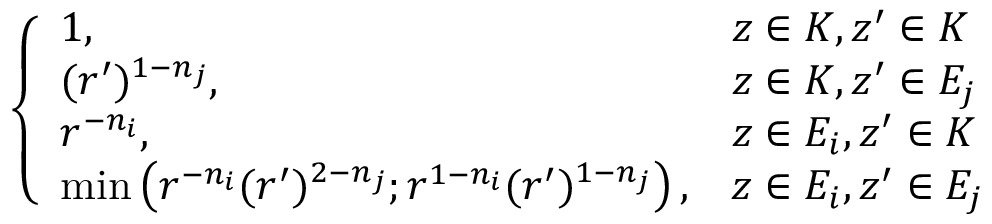
\left\{ \begin{array} { l l } { 1 , } & { z \in K , z ^ { \prime } \in K } \\ { ( r ^ { \prime } ) ^ { 1 - n _ { j } } , } & { z \in K , z ^ { \prime } \in E _ { j } } \\ { r ^ { - n _ { i } } , } & { z \in E _ { i } , z ^ { \prime } \in K } \\ { \operatorname* { m i n } \left( r ^ { - n _ { i } } ( r ^ { \prime } ) ^ { 2 - n _ { j } } ; r ^ { 1 - n _ { i } } ( r ^ { \prime } ) ^ { 1 - n _ { j } } \right) , } & { z \in E _ { i } , z ^ { \prime } \in E _ { j } } \end{array} \right.